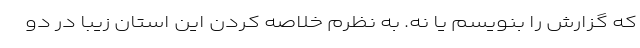
که گزارش را بنویسم یا نه. به نظرم خلاصه کردن این استان زیبا در دو